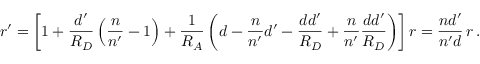
\boldsymbol r ^ { \prime } = \left[ 1 + { \frac { d ^ { \prime } } { R _ { D } } } \left( { \frac { n } { n ^ { \prime } } } - 1 \right) + { \frac { 1 } { R _ { A } } } \left( d - { \frac { n } { n ^ { \prime } } } d ^ { \prime } - { \frac { d d ^ { \prime } } { R _ { D } } } + { \frac { n } { n ^ { \prime } } } { \frac { d d ^ { \prime } } { R _ { D } } } \right) \right] \boldsymbol r = { \frac { n d ^ { \prime } } { n ^ { \prime } d } } \, \boldsymbol r \, .